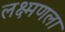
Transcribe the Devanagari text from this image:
लक्ष्मणला